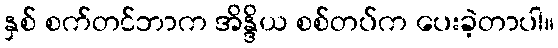
နှစ် စက်တင်ဘာက အိန္ဒိယ စစ်တပ်က ပေးခဲ့တာပါ။